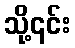
သို့၎င်း